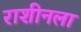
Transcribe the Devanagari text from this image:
राशीनला